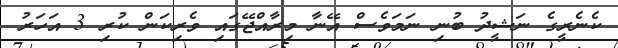
ކެނެރީގެ ނަޝީދު ބުނި ނަމަވެސް އޭނާ މިރާއްޖޭގައި ވެރިކަން ކުރި 3 އަހަރު